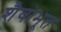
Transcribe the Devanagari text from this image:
शैवाभूत